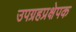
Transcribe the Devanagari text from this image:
उपग्रहप्रक्षेपक